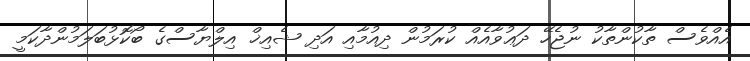
އެއްވެސް ތާކުންތާކު ނުޖެހޭ ދަޢުވާއެއް ކުރަމުން ދިއުމާއި އަދި ޝެއިޚް އިލްޔާސްގެ ބޯކޮޅުބަލަމުންދާކަމީ